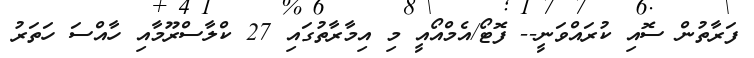
ފަރާތުން ސޮއި ކުރައްވަނީ-- ފޮޓޯ/އެމްއޯއީ މި އިމާރާތުގައި 27 ކްލާސްރޫމާއި ހާއްސަ ހަތަރު